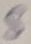
Text: S